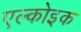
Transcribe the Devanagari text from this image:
एल्कोइक